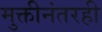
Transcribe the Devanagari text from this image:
मुक्तीनंतरही